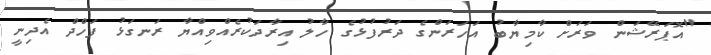
"އޮޕަރޭޝަން ވަރަށް ކާމިޔާބު އަހަރަންގެ ދަރުފުޅުގެ ހާލު އިރާދަކުރެއްވިއްޔާ ރަނގަޅު ފަހްދް އެދިނީ